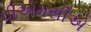
પીએમસીએ